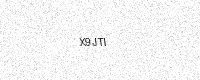
Text: X9JTI